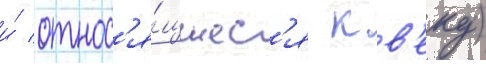
и́ относ'я́щиес'я к в'еку)